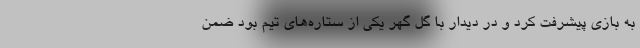
به بازی پیشرفت کرد و در دیدار با گل گهر یکی از ستاره‌های تیم بود ضمن